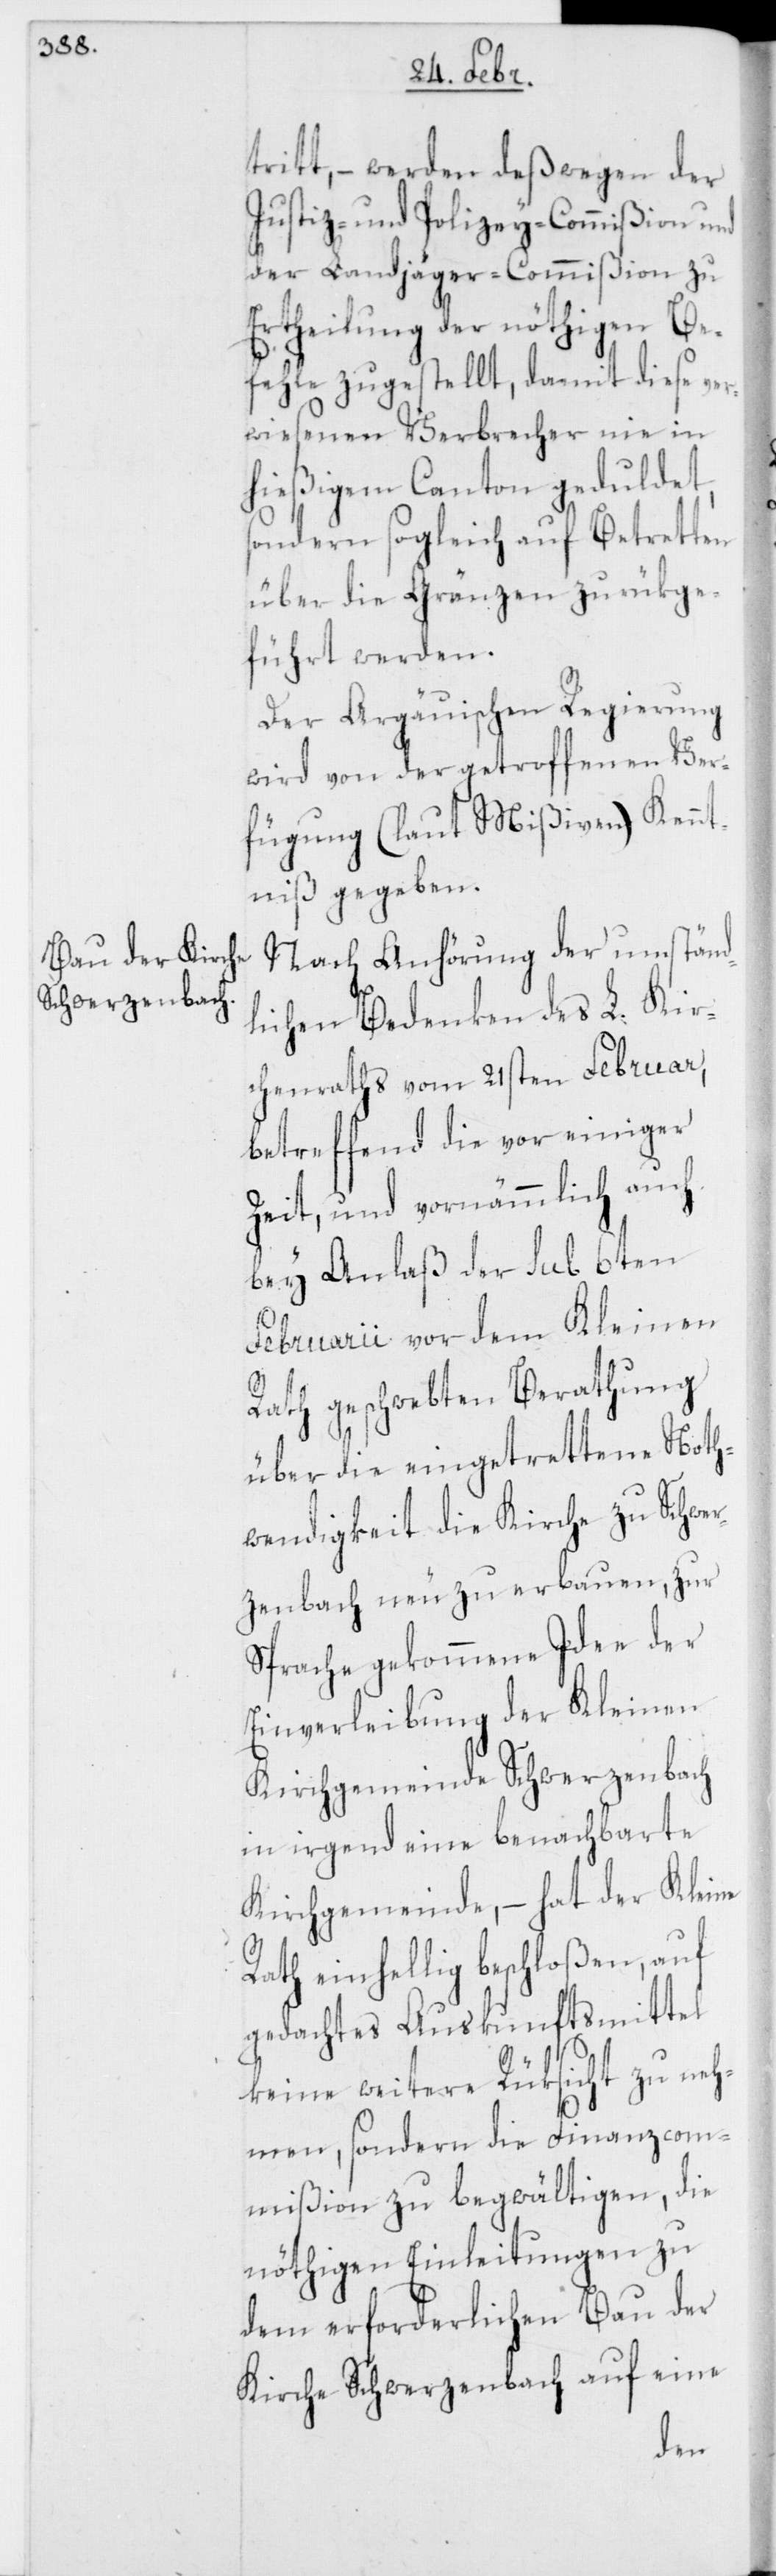
tritt, – werden deßwegen der
Justiz- und Polizey-Commißion und
der Landjäger-Commißion zu
Ertheilung der nöthigen Be¬
fehle zugestellt, damit diese ver¬
wiesenen Verbrecher nie in
hießigem Canton geduldet,
sondern sogleich auf Betretten
über die Gränzen zurückge¬
führt werden.
Der Argäuischen Regierung
wird von der getroffenen Ver¬
fügung (laut Mißiven) Kennt¬
niß gegeben.
Nach Anhörung der umständ¬
lichen Bedenken des L. Kir¬
chenraths vom 21sten Februar,
betreffend die vor einiger
Zeit, und vornämmlich auch
bey Anlaß der sub 6ten
Februarii vor dem Kleinen
Rath geschwebten Berathung
über die eingetrettene Noth¬
wendigkeit die Kirche zu Schwer¬
zenbach neu zu erbauen, zur
Sprache gekommene Idee der
Einverleibung der Kleinen
Kirchgemeinde Schwerzenbach
in irgendeine benachbarte
Kirchgemeinde, – hat der Kleine
Rath einhellig beschloßen, auf
gedachtes Auskunftsmittel
keine weitere Rüksicht zu neh¬
men, sondern die Finanzcom¬
mißion zu begwältigen, die
nöthigen Einleitungen zu
dem erforderlichen Bau der
Kirche Schwerzenbach auf eine